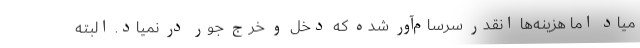
میاد اما هزینه‌ها انقدر سرسام‌آور شده که دخل و خرج جور در نمیاد. البته